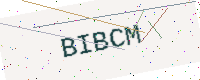
Text: BIBCM